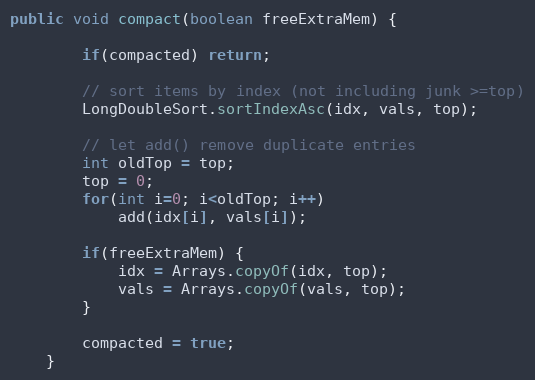
Language: Java
public void compact(boolean freeExtraMem) {

        if(compacted) return;

        // sort items by index (not including junk >=top)
        LongDoubleSort.sortIndexAsc(idx, vals, top);

        // let add() remove duplicate entries
        int oldTop = top;
        top = 0;
        for(int i=0; i<oldTop; i++)
            add(idx[i], vals[i]);

        if(freeExtraMem) {
            idx = Arrays.copyOf(idx, top);
            vals = Arrays.copyOf(vals, top);
        }

        compacted = true;
    }